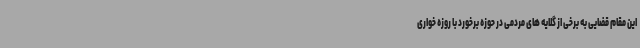
این مقام قضایی به برخی از گلایه های مردمی در حوزه برخورد با روزه خواری